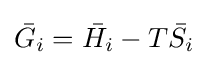
{\bar {G_{i}}}={\bar {H_{i}}}-T{\bar {S_{i}}}